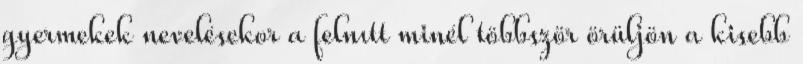
gyermekek nevelésekor a felnıtt minél többször örüljön a kisebb